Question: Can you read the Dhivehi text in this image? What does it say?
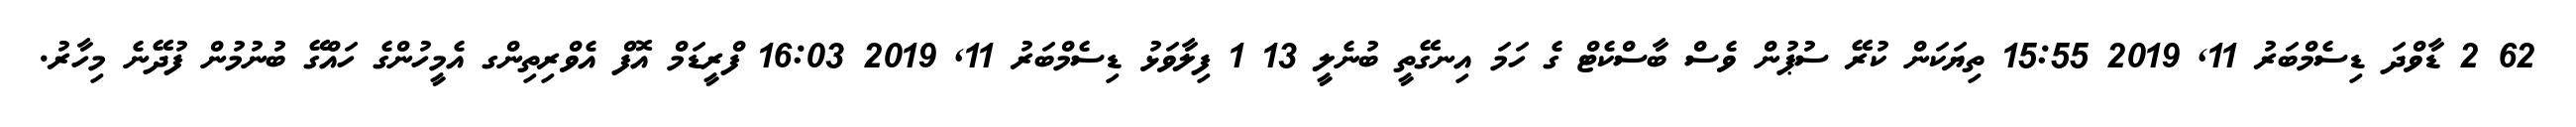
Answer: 62 2 ޑާވްދަ ޑިސެމްބަރު 11, 2019 15:55 ތިޔަކަން ކުރޭ ސުޕުން ވެސް ބާސްކެޓް ގެ ހަމަ އިނގޭތީ ބުނެލީ 13 1 ފިލާވަޅު ޑިސެމްބަރު 11, 2019 16:03 ފްރީޑަމް އޮފް އެވްރިތިންގ އެމީހުންގެ ހައްގޭ ބުނުމުން ފުދޭނެ މިހާރު.